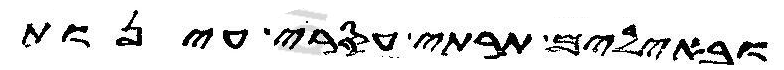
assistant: ובאילים תרתי עסרי עינות